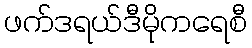
ဖက်ဒရယ်ဒီမိုကရေစီ